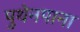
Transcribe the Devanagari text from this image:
पुथेनपाना